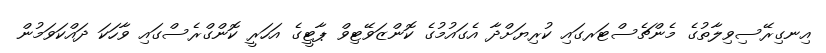
އިނގިރޭސިވިލާތުގެ މެންޗެސްޓަރގައި ކުރިޔަށްދާ އެގައުމުގެ ކޮންޒަވޭޓިވް ޕާޓީގެ އަހަރީ ކޮންގްރެސްގައި ވާހަކަ ދައްކަވަމުން